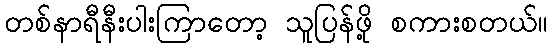
တစ်နာရီနီးပါးကြာတော့ သူပြန်ဖို့ စကားစတယ်။